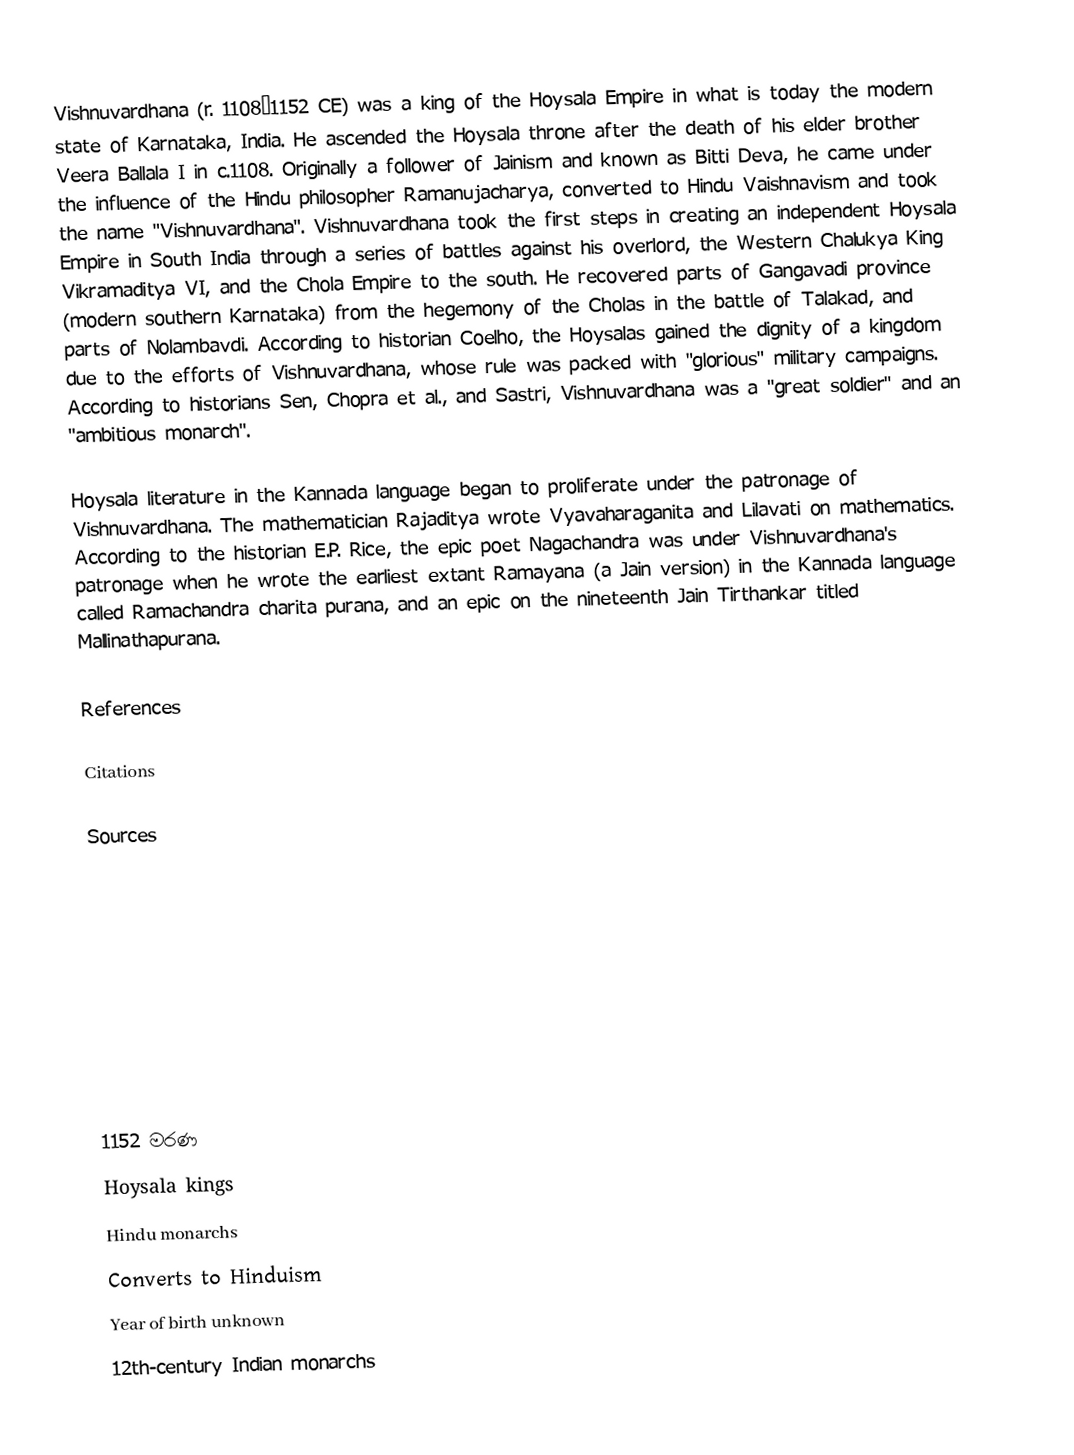
Vishnuvardhana (r. 1108–1152 CE) was a king of the Hoysala Empire in what is today the modern state of Karnataka, India. He ascended the Hoysala throne after the death of his elder brother Veera Ballala I in c.1108. Originally a follower of Jainism and known as Bitti Deva, he came under the influence of the Hindu philosopher Ramanujacharya, converted to Hindu Vaishnavism and took the name "Vishnuvardhana". Vishnuvardhana took the first steps in creating an independent Hoysala Empire in South India through a series of battles against his overlord, the Western Chalukya King Vikramaditya VI, and the Chola Empire to the south. He recovered parts of Gangavadi province (modern southern Karnataka) from the hegemony of the Cholas in the battle of Talakad, and parts of Nolambavdi. According to historian Coelho, the Hoysalas gained the dignity of a kingdom due to the efforts of Vishnuvardhana, whose rule was packed with "glorious" military campaigns. According to historians Sen, Chopra et al., and Sastri, Vishnuvardhana was a "great soldier" and an "ambitious monarch".

Hoysala literature in the Kannada language began to proliferate under the patronage of Vishnuvardhana. The mathematician Rajaditya wrote Vyavaharaganita and Lilavati on mathematics. According to the historian E.P. Rice, the epic poet Nagachandra was under Vishnuvardhana's patronage when he wrote the earliest extant Ramayana (a Jain version) in the Kannada language called Ramachandra charita purana, and an epic on the nineteenth Jain Tirthankar titled Mallinathapurana.

References

Citations

Sources

1152 මරණ
Hoysala kings
Hindu monarchs
Converts to Hinduism
Year of birth unknown
12th-century Indian monarchs